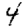
Digit: 4